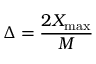
\Delta = { \frac { 2 X _ { \operatorname* { m a x } } } { M } }